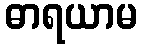
ဓာရယာမ